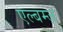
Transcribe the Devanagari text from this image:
एल्बम्ज़